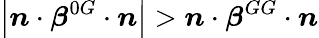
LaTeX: \left|\boldsymbol{n}\cdot\boldsymbol{\beta}^{0G}\cdot\boldsymbol{n}\right|>\boldsymbol{n}\cdot\boldsymbol{\beta}^{GG}\cdot\boldsymbol{n}